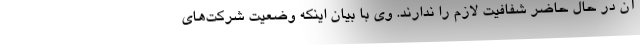
آن در حال حاضر شفافیت لازم را ندارند. وی با بیان اینکه وضعیت شرکت‌های